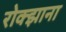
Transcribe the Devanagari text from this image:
रोक्झाना